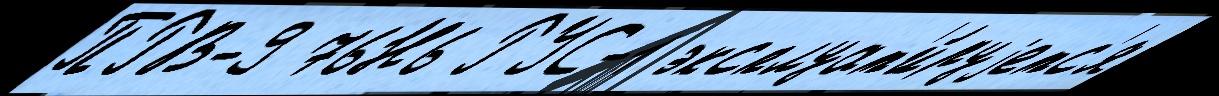
ПРВ-9 76Н6 РУС-1 эксплуат'и́руjетс'я